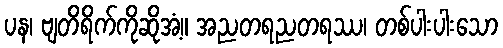
ပန၊ ဗျတိရိက်ကိုဆိုအံ့။ အညတရညတရဿ၊ တစ်ပါးပါးသော